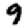
Digit: 9